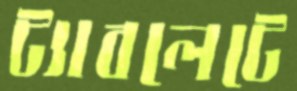
ট্যাবলেটে